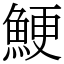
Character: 鯁